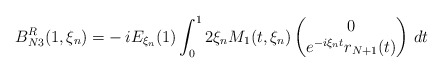
\begin{align*}B_{N3}^R(1,\xi_n)=&-iE_{\xi_n}(1)\int_0^12\xi_n M_1(t,\xi_n)\begin{pmatrix}0\\ e^{-i\xi_n t}r_{N+1}(t)\end{pmatrix}\,dt\end{align*}